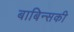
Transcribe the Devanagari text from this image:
बाबिन्सकी